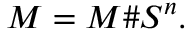
M = M \# S ^ { n } .